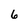
Character: 6